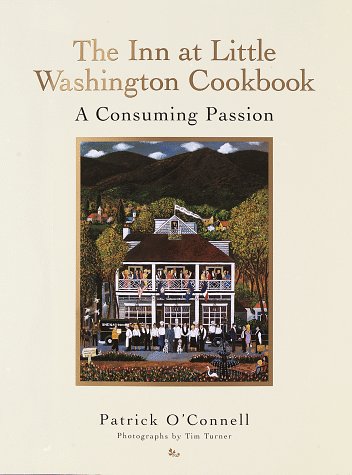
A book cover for The Inn at Little Washington Cookbook: A Consuming Passion; Patrick O'Connell; Cookbooks, Food & Wine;